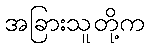
အခြားသူတို့က